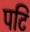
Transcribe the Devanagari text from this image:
पटि